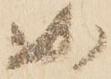
如